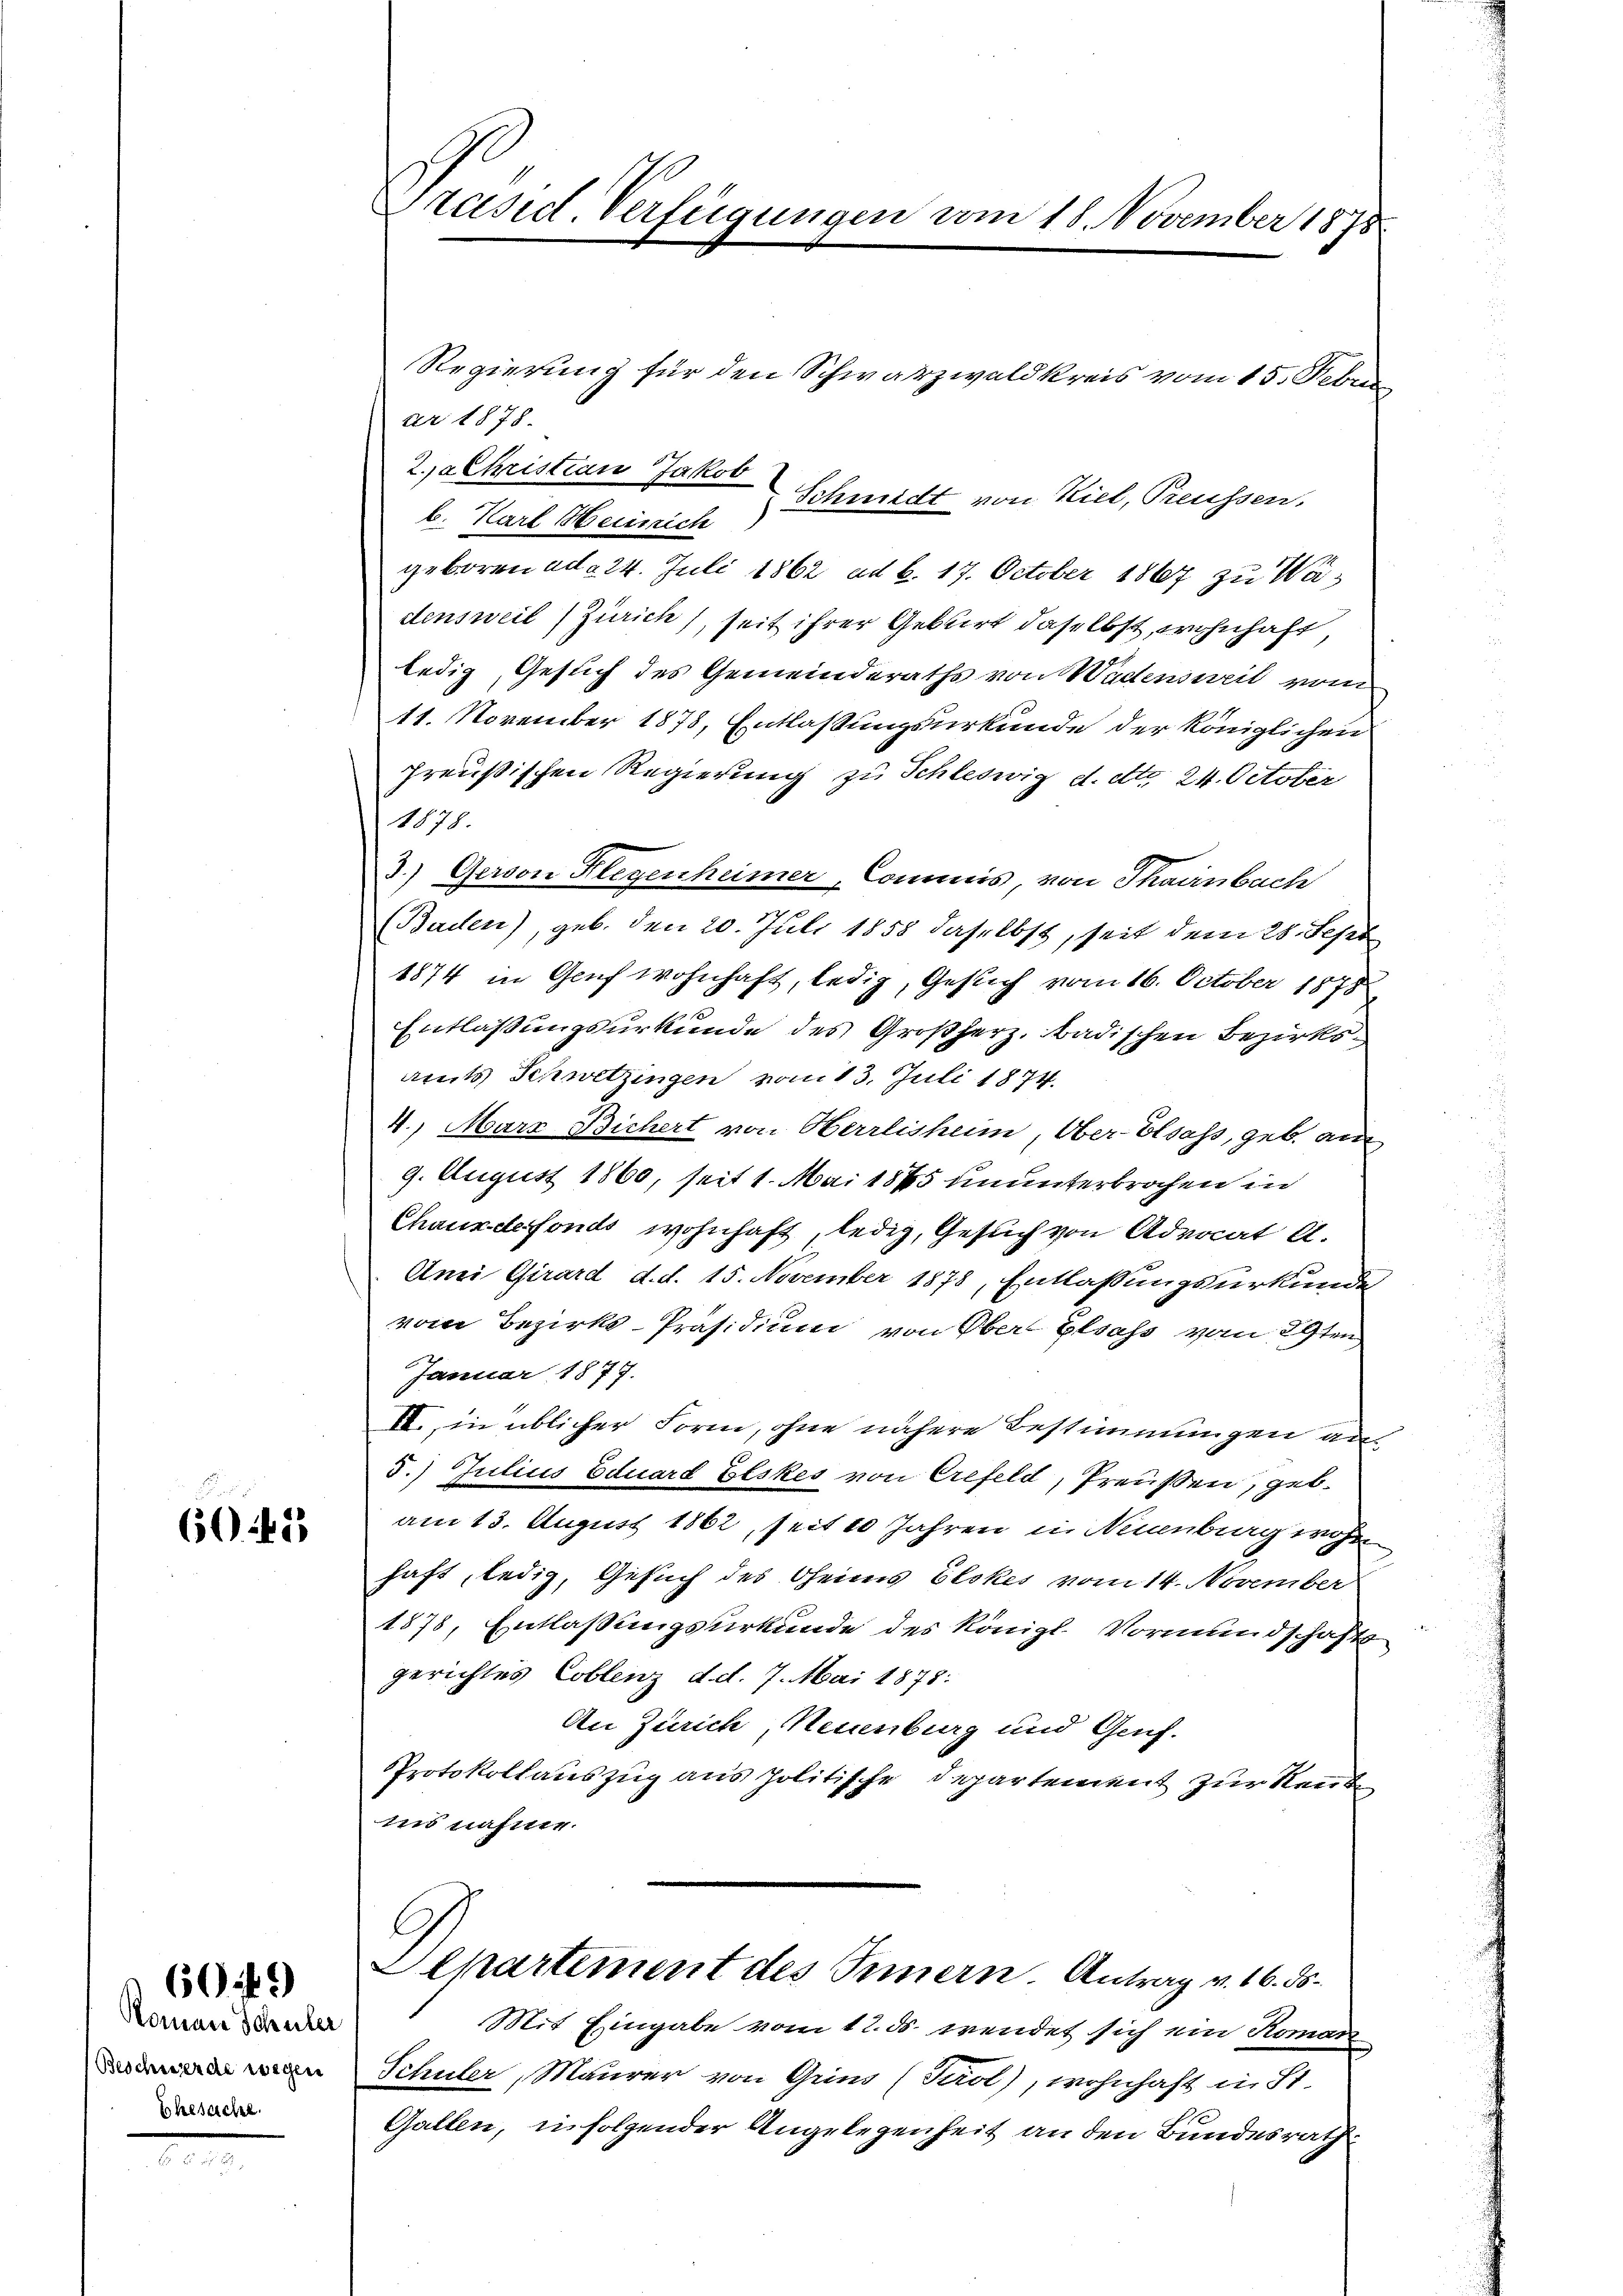
6045

Roman Schüler
Ehesache.

609)

Regierung für den Schwarzwald kreis vom 15. Febru
ar 1878.
2ja Christian Jakob
Schmidt von Hiel, Preussen.
b. Karl Heinrich
geboren ad a 24. Juli 1862 ad b. 17. October 1867 zu Wadensweil Zürich, seit ihrer Geburt daselbst, wohnhaft,
ledig, Gesuch des Gemeinderaths von Wadensweil vom
11. November 1878, Entlaßungsurkunde der königlichen
preußischen Regierung zu Schleswig d. etto. 24. October
1878.
3.) Gerson Klegenheimer, Commis, von Thaanbach
(Baden), geb. den 20. Juli 1858 daselbst, seit dem 28. Sept
1874 in Genf wohnhaft, ledig, Gesuch vom 16. October 1878
Entlassungsurkunde des Großherz, badischen Bezirksamts Schwetzingen vom 13. Juli 1874.
4., Marz Bichert von Herrlisheim, Ober- Elsass, geb. au
9. August 1860, seit 1. Mai 1845 ununterbrochen in
Chauxdefonds wohnhaft, ledig, Gesuch von Advocat A.
Ami Girard, d. d. 15. November 1878, Entlaßungsurkunde
vom Bezirks-Präsidium von Ober Elsass vom 29ten
Januar 1879.
II., in üblicher Form, ohne nähere Bestimmungen an¬
5.) Julius Eduard Eeskes von Crefeld, Preußen, gebam 13. August 1862, seit 10 Jahren in Neuenburg wohl
haft, ledig, Gesuch des Oheims Elokes vom 14. November
1878, Entlassungsurkunde des Königl. Vormundschafts
gerichtes Coblenz d. d. 7. Mai 1878:
An Zürich, Neuenburg und Gauf-
Protokollauszug aus politische Departement zur Rente
ins nahme.
Departement des Innern. Antrag v. 16. ds.
Mit Eingabe vom 12. ds. wendet sich ein Romani
n Schuler, Maurer von Grin (Tadt), wohnhaft in St.
Gallen, in folgender Angelegenheit an den Bundesrath

Prasict. Verfügungen vom 18. November 1875